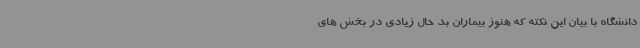
دانشگاه با بیان این نکته که هنوز بیماران بد حال زیادی در بخش های